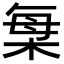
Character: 𣒫